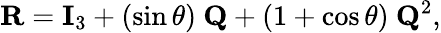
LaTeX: \mathbf{R}=\mathbf{I}_{3}+(\sin\theta)~\mathbf{Q}+(1+\cos\theta)~\mathbf{Q}^{2},